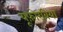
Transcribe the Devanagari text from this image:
यूफ़ोरबिया